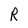
Character: R